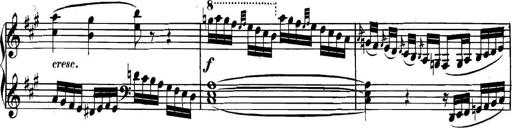
Title: Collected Piano Sonatas
Composer: Muzio Clementi